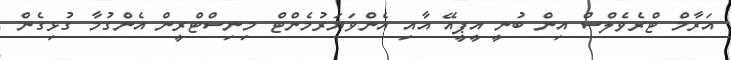
އަރާމް ޓްރެވެލްސް އިން ބުނީ އީޕީއޭ އާއި އެންވަޔަރުމެންޓް މިނިސްޓްރީން އެންގުމާ ގުޅިގެން